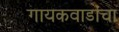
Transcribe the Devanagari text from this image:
गायकवाडांचा